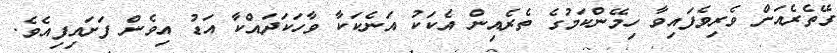
ގޭތެރެއަށް ވެރިވެފައިވާ ހިމޭންކަމުގެ ތެރެއިން އެކަކު އަނެކަކާ ވާހަކަދައްކާ އަޑު އިވެން ފަށައިފިއެވެ.